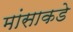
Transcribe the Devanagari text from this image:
मांसाकडे